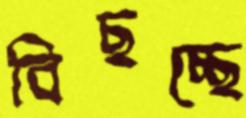
বিছচ্ছে